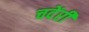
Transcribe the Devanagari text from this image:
चदेंरी